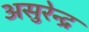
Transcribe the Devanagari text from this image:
असुरेन्द्र